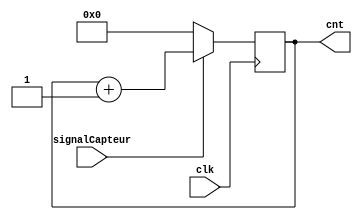
module Compteur(clk,signalCapteur,cnt);

input clk,signalCapteur;
output reg[15:0] cnt;

always@(negedge(clk))
begin
	if(signalCapteur)
	begin
		cnt <= cnt + 1;
	end
	else
	begin
		cnt <= 0;
	end
end

endmodule